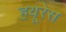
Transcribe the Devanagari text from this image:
हयूरेस